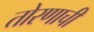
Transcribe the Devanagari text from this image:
तोरणाची